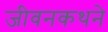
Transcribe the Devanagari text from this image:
जीवनकथने